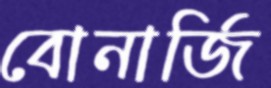
বোনার্জি